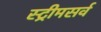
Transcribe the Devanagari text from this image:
स्ट्रीमसर्व